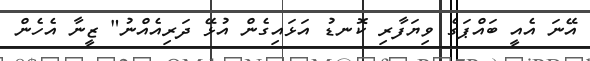
އޭނަ އެއީ ބައްޕަގެ ވިޔަފާރި ކޮނޑު އަޅައިގެން އުޅޭ ދަރިއެއްނު" ޒީނާ އެހެން